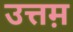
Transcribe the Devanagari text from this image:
उत्तम़